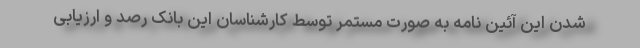
شدن این آئین نامه به صورت مستمر توسط کارشناسان این بانک رصد و ارزیابی